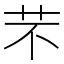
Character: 芣